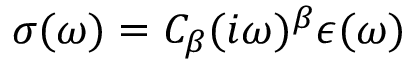
\sigma ( \omega ) = C _ { \beta } ( i \omega ) ^ { \beta } \epsilon ( \omega )